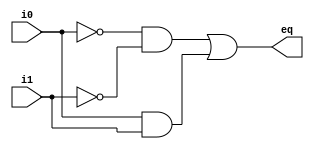
// Listing 1.5
module eq1_primitive
  (
   input wire i0, i1,
   output wire eq
  );

  // internal signal declaration
  wire i0_n, i1_n, p0, p1;

  //primitive gate instantiations
  not unit1 (i0_n, i0);       // i0_n = ~i0;
  not unit2 (i1_n, i1);       // i1_n = ~i1;
  and unit3 (p0, i0_n, i1_n); // p0 = i0_n & i1_n;
  and unit4 (p1, i0, i1);     // p1 = i0 & i1;
  or unit5 (eq, p0, p1);      // eq = p0 | p1;

endmodule